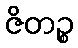
ဇိတဉ္စ